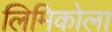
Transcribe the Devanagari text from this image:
लिमिकोला